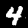
Digit: 4